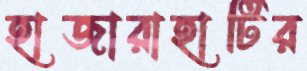
হাজারাহাটির